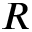
R